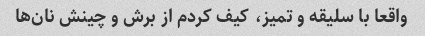
واقعا با سلیقه و تمیز، کیف کردم از برش و چینش نان‌ها